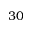
3 0